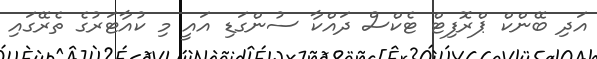
އަދި ބޭންކް ޕްރޮފިޓް ޓެކްސް ދައްކާ ސުންގަޑި އައީ މި ކުއާޓަރުގެ ތެރޭގައި